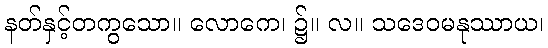
နတ်နှင့်တကွသော။ လောကေ၊ ၌။ လ။ သဒေဝမနုဿာယ၊